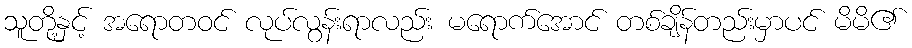
သူတို့နှင့် အရောတဝင် လုပ်လွန်းရာလည်း မရောက်အောင် တစ်ချိန်တည်းမှာပင် မိမိ၏